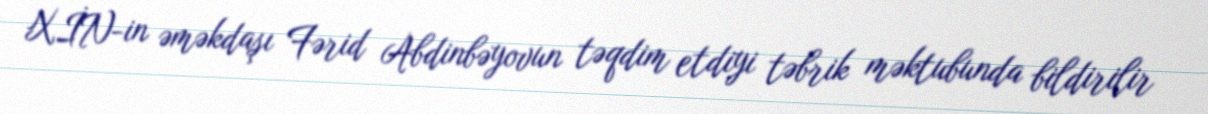
XİN-in əməkdaşı Fərid Abdinbəyovun təqdim etdiyi təbrik məktubunda bildirilir